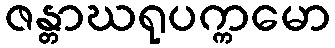
ဇန္တာဃရုပက္ကမော